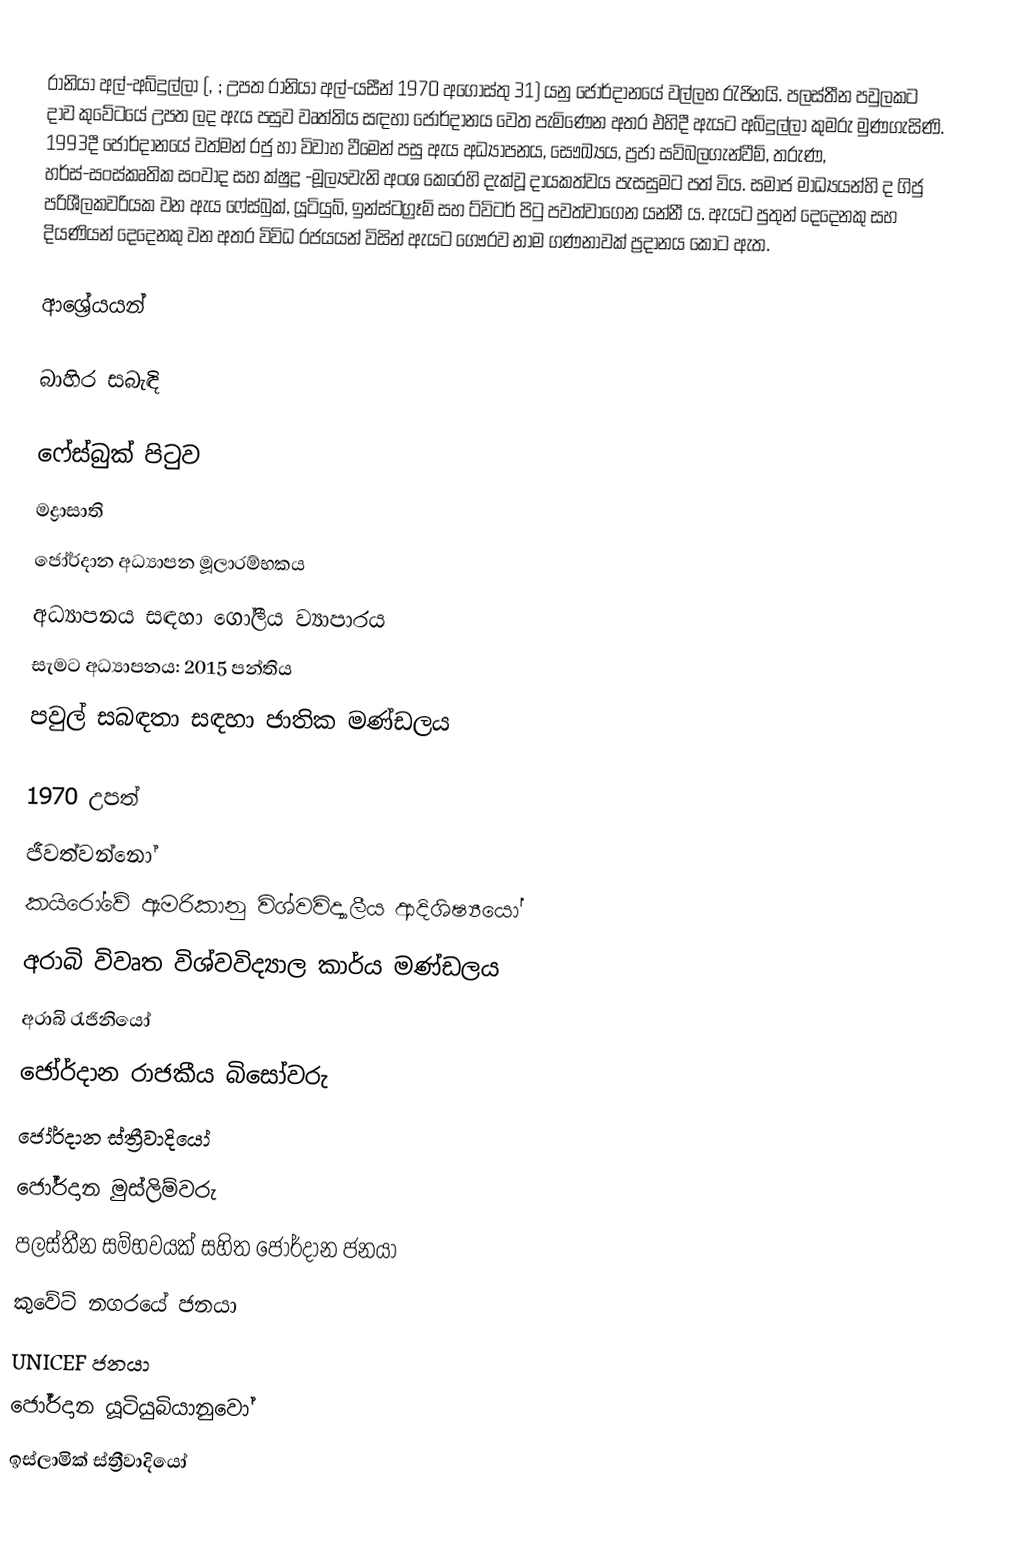
රානියා අල්-අබ්දුල්ලා (, ; උපත රානියා අල්-යසීන් 1970 අගෝස්තු 31) යනු ජෝර්දානයේ වල්ලභ රැජිනයි. පලස්තීන පවුලකට දාව කුවේටයේ උපත ලද ඇය පසුව වෘත්තිය සඳහා ජෝර්දානය වෙත පැමිණෙන අතර එහිදී ඇයට අබ්දුල්ලා කුමරු මුණගැසිණි. 1993දී ජෝර්දානයේ වත්මන් රජු හා විවාහ වීමෙන් පසු ඇය අධ්‍යාපනය, සෞඛ්‍යය, ප්‍රජා සවිබලගැන්වීම්, තරුණ, හර්ස්-සංස්කෘතික සංවාද සහ ක්ෂුද්‍ර -මූල්‍යවැනි අංශ කෙරෙහි දැක්වූ දායකත්වය පැසසුමට පත් විය. සමාජ මාධ්‍යයන්හි ද ගිජු පරිශීලකවරියක වන ඇය ෆේස්බුක්, ‍යූටියුබ්, ඉන්ස්ටග්‍රෑම් සහ ට්විටර් පිටු පවත්වාගෙන යන්නී ය. ඇයට පුතුන් දෙදෙනකු සහ දියණියන් දෙදෙනකු වන අතර විවිධ රජයයන් විසින් ඇයට ගෞරව නාම ගණනාවක් ප්‍රදානය කොට ඇත.

ආශ්‍රේයයන්

බාහිර සබැඳි

ෆේස්බුක් පිටුව
මද්‍රාසාති
ජෝර්දාන අධ්‍යාපන මූලාරම්භකය
අධ්‍යාපනය සඳහා ගෝලීය ව්‍යාපාරය
සැමට අධ්‍යාපනය: 2015 පන්තිය
පවුල් සබඳතා සඳහා ජාතික මණ්ඩලය

1970 උපත්
ජීවත්වන්නෝ
කයිරෝවේ ඇමරිකානු විශ්වවිද්‍යාලීය ආදිශිෂ්‍යයෝ
අරාබි විවෘත විශ්වවිද්‍යාල කාර්ය මණ්ඩලය
අරාබි රැජිනියෝ
ජෝර්දාන රාජකීය බිසෝවරු
ජෝර්දාන ස්ත්‍රීවාදියෝ
ජෝර්දාන මුස්ලිම්වරු
පලස්තීන සම්භවයක් සහිත ජෝර්දාන ජනයා
කුවේට් නගරයේ ජනයා
UNICEF ජනයා
ජෝර්දාන යූටියුබියානුවෝ
ඉස්ලාමික් ස්ත්‍රීවාදියෝ